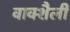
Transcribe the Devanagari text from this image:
वाक्शैली